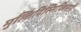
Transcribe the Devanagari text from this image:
मुल्तिदिस्सिप्लिनारी